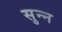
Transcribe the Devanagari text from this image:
सुन्‍न